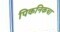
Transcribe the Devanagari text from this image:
पिकनिकचा